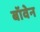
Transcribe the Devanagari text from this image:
बॉवेन